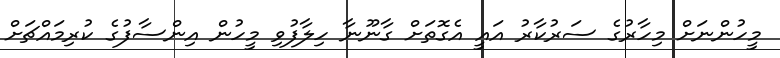
މީހުންނަށް މިހާރުގެ ސަރުކާރު އައީ އެގޮތަށް ގާނޫނާ ހިލާފުވި މީހުން އިންސާފުގެ ކުރިމައްޗަށް